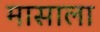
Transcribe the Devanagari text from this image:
मासाला